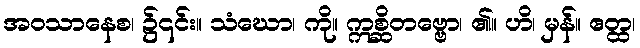
အဝသာနေစ၊ ၌၎င်း။ သံဃော၊ ကို။ ဣစ္ဆိတဗ္ဗော၊ ၏။ ဟိ၊ မှန်။ ဧတ္ထ၊